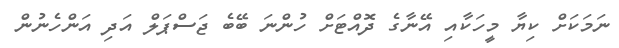
ނަމަކަށް ކިޔާ މީހަކާއި އޭނާގެ ދޮއްޓަށް ހުންނަ ބޭބެ ޖަސްޕަލް އަދި އަންހެނުން